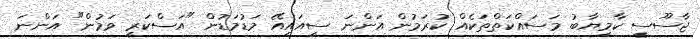
ޖާސޫސީ ކާމިޔާބު މަސައްކަތްތަކެއް ކުރަމުން އަންނަ ސީއައިއޭ މަޑުމަޑުން "އަސްކަރީ ވަމުން" އަންނަ